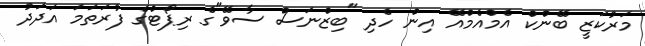
މަރުކަޒީ ބޭންކް އެމްއެމްއޭ އިން ހެދި "ބިޒްނަސް ސާވޭ"ގެ ރިޕޯޓްގެ ފުރަތަމަ އަދަދު